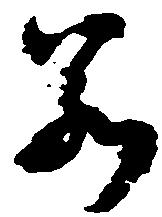
若